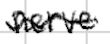
Text: nerve
Cross-out: wave
Writing tool: digital_black